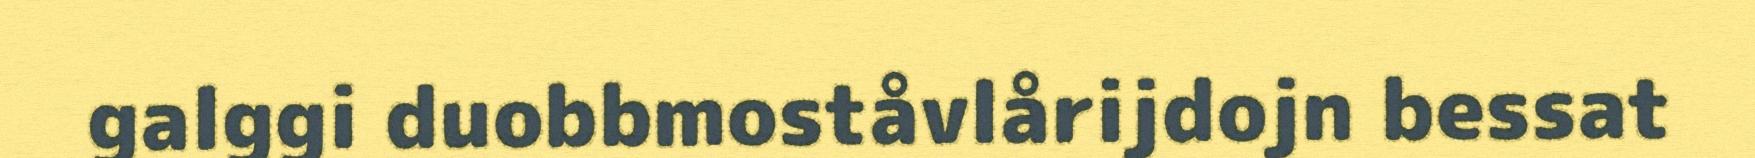
galggi duobbmoståvlårijdojn bessat